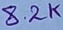
Text: 8.2K